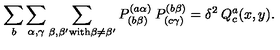
\sum _ { b } \sum _ { \alpha , \gamma } \sum _ { \beta , \beta ^ { \prime } { \mathrm { \scriptsize { w i t h } } } \beta \neq \beta ^ { \prime } } P _ { ( b \beta ) } ^ { ( a \alpha ) } \: P _ { ( c \gamma ) } ^ { ( b \beta ) } = \delta ^ { 2 } \: Q _ { c } ^ { a } ( x , y ) .